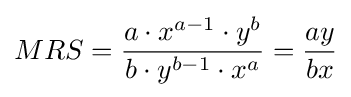
MRS={\frac {a\cdot x^{a-1}\cdot y^{b}}{b\cdot y^{b-1}\cdot x^{a}}}={\frac {ay}{bx}}